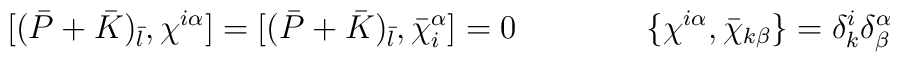
\lbrack (\bar P+\bar K)_{\bar l}, \chi^{i\alpha} \rbrack =\lbrack (\bar P+\bar K)_{\bar l}, \bar \chi_{i}^{\alpha} \rbrack = 0\qquad\qquad\{ \chi^{i\alpha}, \bar\chi_{k\beta} \}= \delta^i_k \delta^{\alpha}_{\beta}